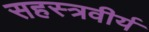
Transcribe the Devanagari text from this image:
सहस्त्रवीर्य